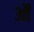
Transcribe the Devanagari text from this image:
ऑं